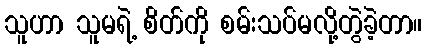
သူဟာ သူမရဲ့ စိတ်ကို စမ်းသပ်မလို့တွဲခဲ့တာ။